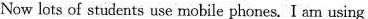
Now lots of students use mobile phones.I an using